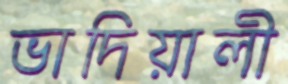
ভাদিয়ালী